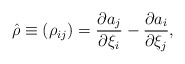
\begin{align*}\hat\rho\equiv(\rho_{ij})={\partial a_j\over\partial\xi_i}-{\partial a_i\over\partial\xi_j},\end{align*}